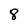
Character: 8